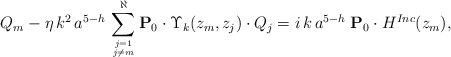
\begin{align*} Q_{m}-\eta \, k^2 \, a^{5-h} \, \sum_{j=1 \atop j \neq m}^\aleph {\bf{P}}_0 \cdot \Upsilon_k(z_{m}, z_j) \cdot {Q}_j=i \, k \, a^{5-h} \; {\bf{P}}_0 \cdot H^{Inc}(z_{m}),\end{align*}